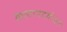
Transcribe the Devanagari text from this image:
कलापदवीधर